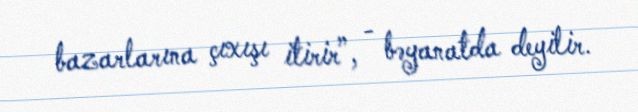
bazarlarına çıxışı itirir”, - bəyanatda deyilir.